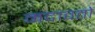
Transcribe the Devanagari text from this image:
मदावतो